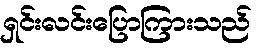
ရှင်းလင်းပြောကြားသည်